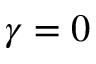
\gamma = 0